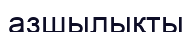
азшылықты